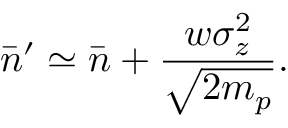
\bar { n } ^ { \prime } \simeq \bar { n } + \frac { w \sigma _ { z } ^ { 2 } } { \sqrt { 2 m _ { p } } } .